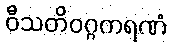
ဝီသတိဝဂ္ဂကရဏံ